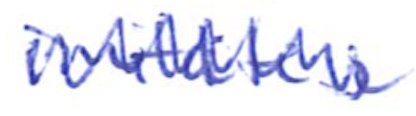
Text: imitates
Cross-out: mix
Writing tool: ballpoint